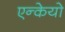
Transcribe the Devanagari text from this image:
एन्केयो